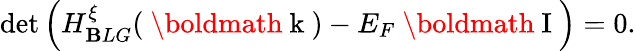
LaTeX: \operatorname*{det}\left(H_{\mathbf{B}LG}^{\xi}(\mathrm{{~\boldmath~k~}})-E_{F}\mathrm{{~\boldmath~I~}}\right)=0.